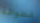
الطوافة